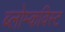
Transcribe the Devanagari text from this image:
ब्लोम्कविस्ट